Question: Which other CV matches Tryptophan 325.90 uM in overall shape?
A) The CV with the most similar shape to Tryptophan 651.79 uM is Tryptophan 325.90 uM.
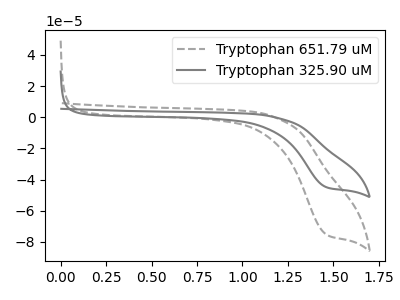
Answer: <think>The gray dashed curve "Tryptophan 651.79 uM" has a cathodic peak at: (1.45V, -75.15uA). The gray curve "Tryptophan 325.90 uM" has a cathodic peak at: (1.45V, -44.85uA).
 All the peaks in "Tryptophan 651.79 uM" have a peak in "Tryptophan 325.90 uM" at the same potential. Every peak in "Tryptophan 651.79 uM" is higher than every peak in "Tryptophan 325.90 uM".</think>
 <answer>A) The CV with the most similar shape to "Tryptophan 651.79 uM" is "Tryptophan 325.90 uM".</answer>
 <eval>A</eval>